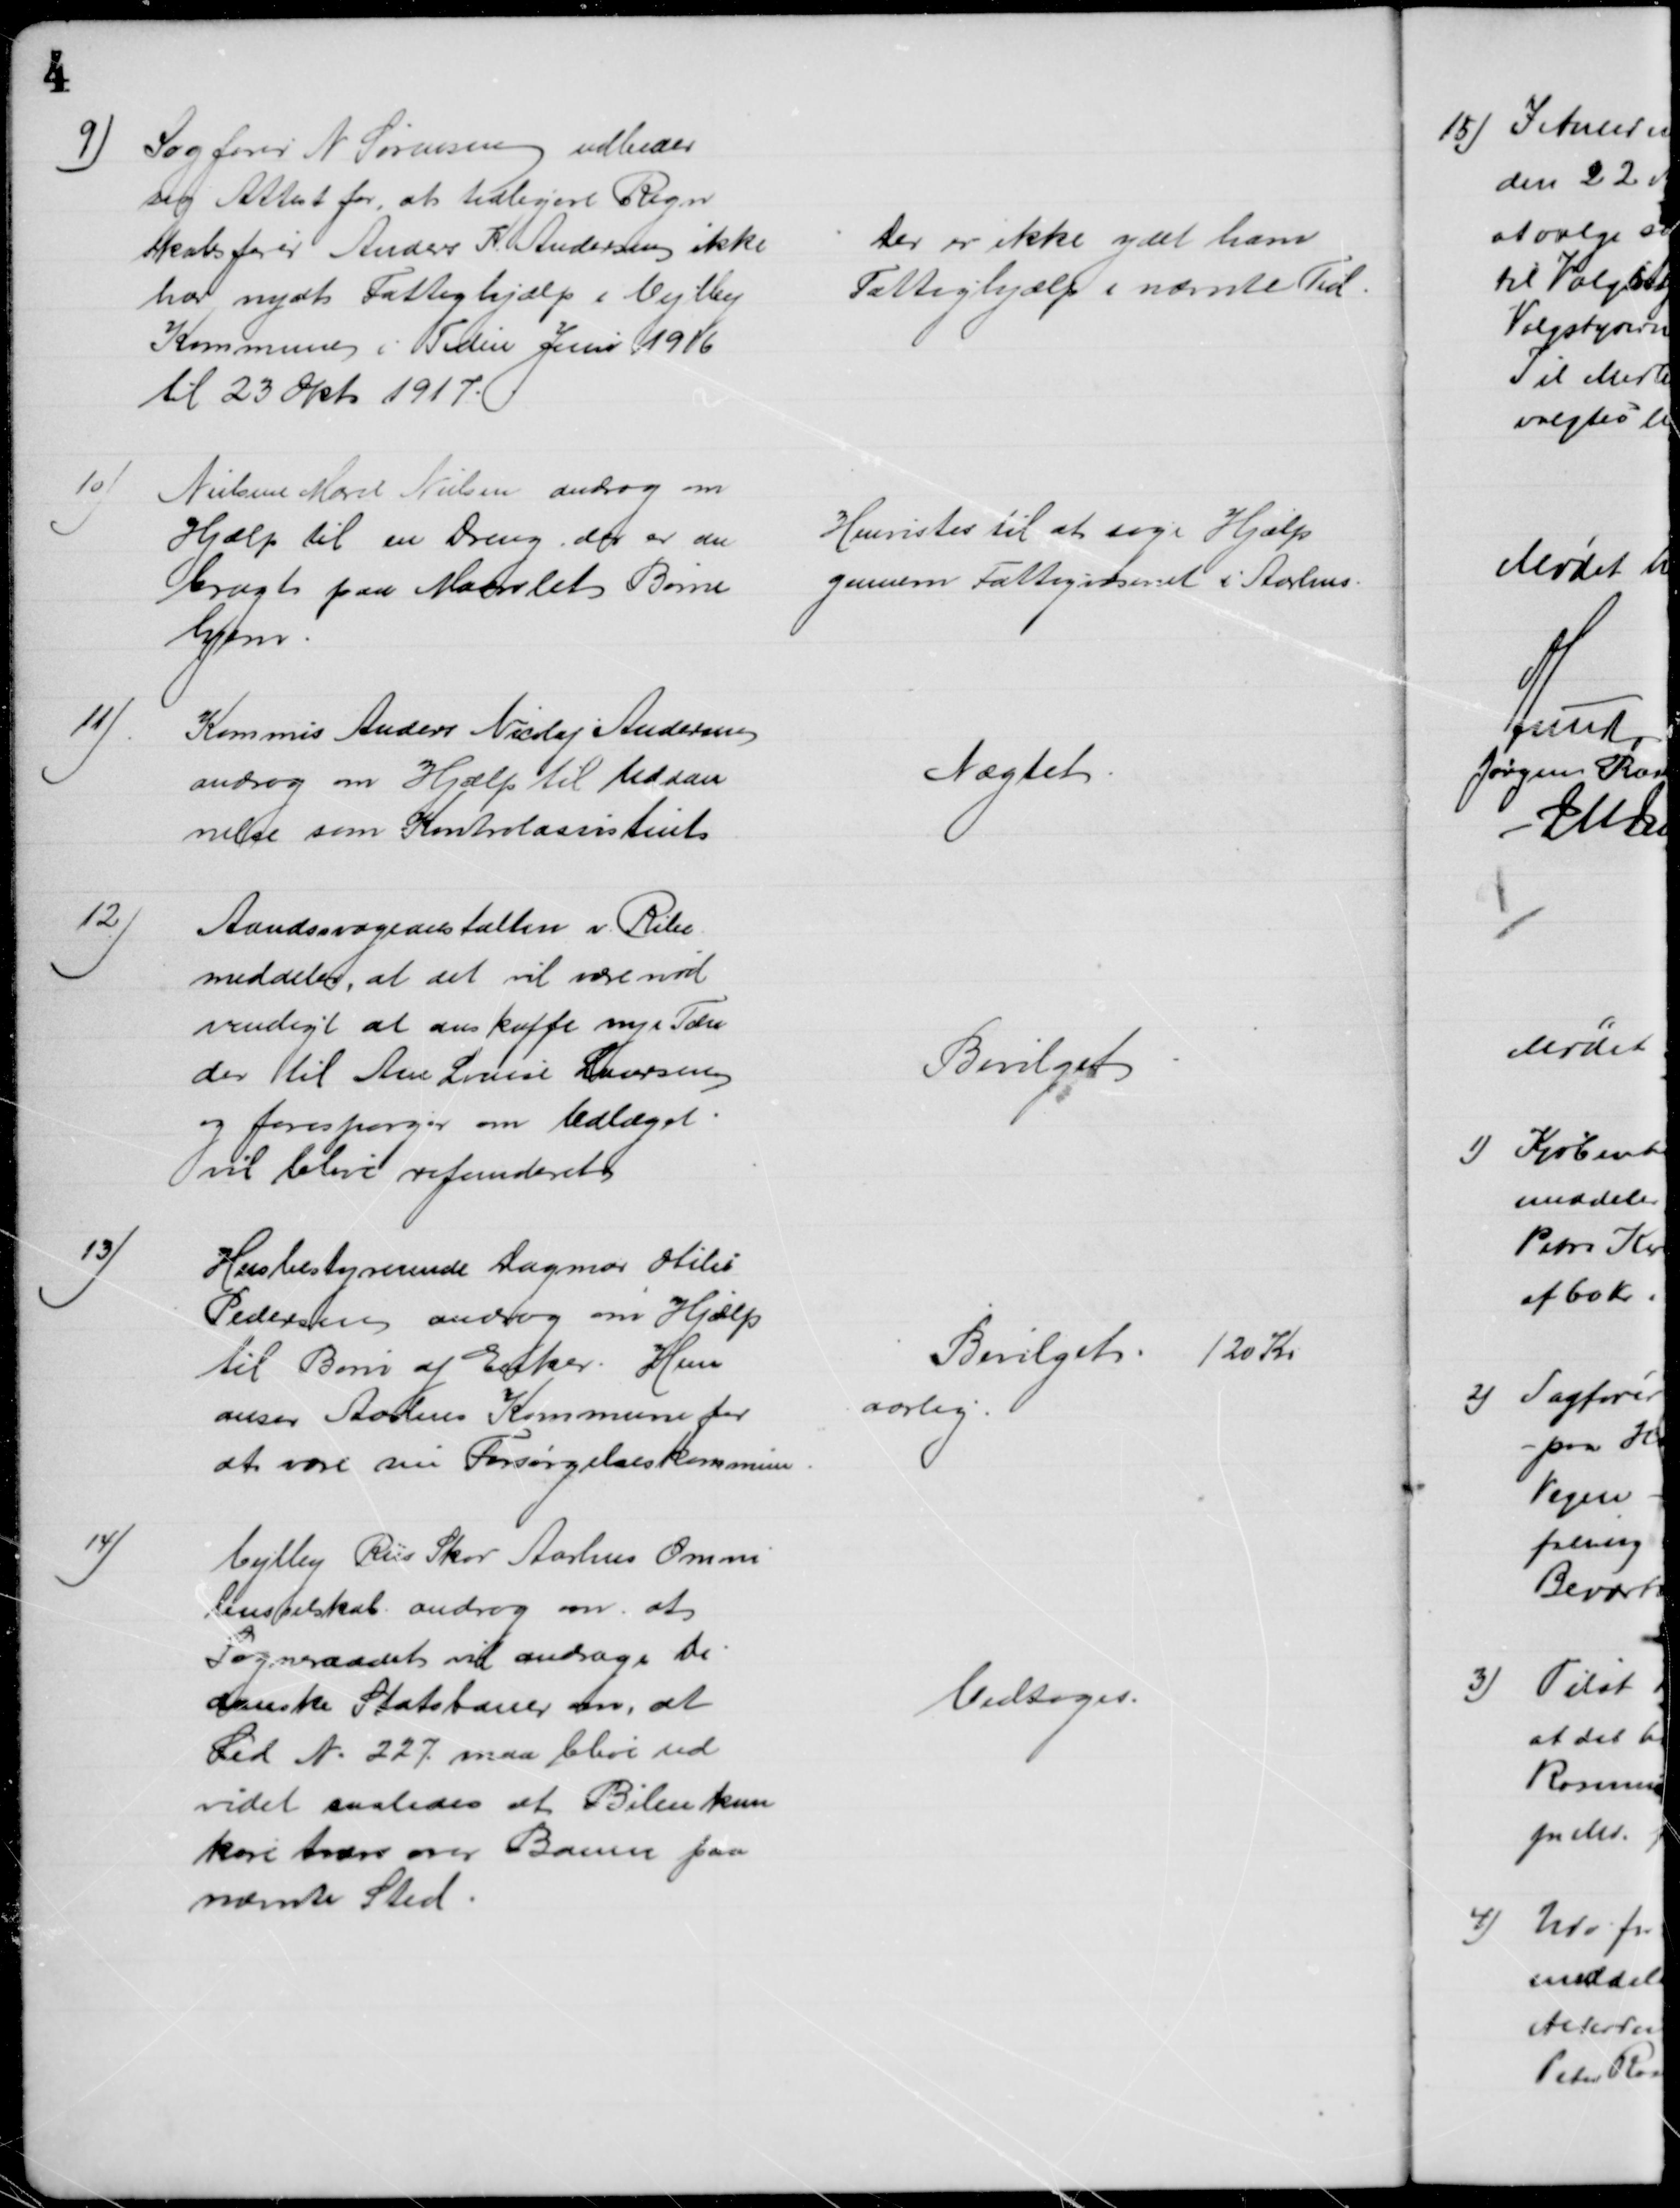
Transskription:
9)
Sagfører N Sørensen udbeder
sig Attest for, at tidligere Regn
skabsfører Anders K. Andersen ikke
har nydt Fattighjælp i Vejlby
Kommune i Tiden Juni 1916
til 23 Okt. 1917.
Der er ikke ydet ham
Fattighjælp i nævnte Tid.
10)
Nielsine Marie Nielsen androg om
Hjælp til en Dreng, der er an
bragt paa Maarslet Børne
hjem.
Henvistes til at søge Hjælp
gennem Fattigvæsenet i Aarhus.
11)
Kommis Anders Nicolaj Andersen
androg om Hjælp til Uddan
nelse som Kontrolassistent
Nægtet.
12)
Aandssvageanstalten v. Ribe
meddeler, at det vil være nød
vendigt at anskaffe nye Tæn
der til Ane Louise Laursen
og forespørger om Udlæget
vil blive refunderet
Bevilget
13)
Husbestyrerinde Dagmar Otilia
Pedersen androg om Hjælp
til Børn af Enker. Hun
anser Aarhus Kommune for
at være sin Forsørgelseskommune
Bevilget. 120 Kr
aarlig.
14)
Vejlby Riis Skov Aarhus Omni
busselskab androg om at
Sogneraadet vil andrage de
Danske Statsbaner om, at
Led № 227 maa blive ud
videt saaledes at Bilen kan
køre tværs over Banen paa
nævnte Sted.
Vedtoges.